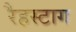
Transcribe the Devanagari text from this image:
रैहस्टाग